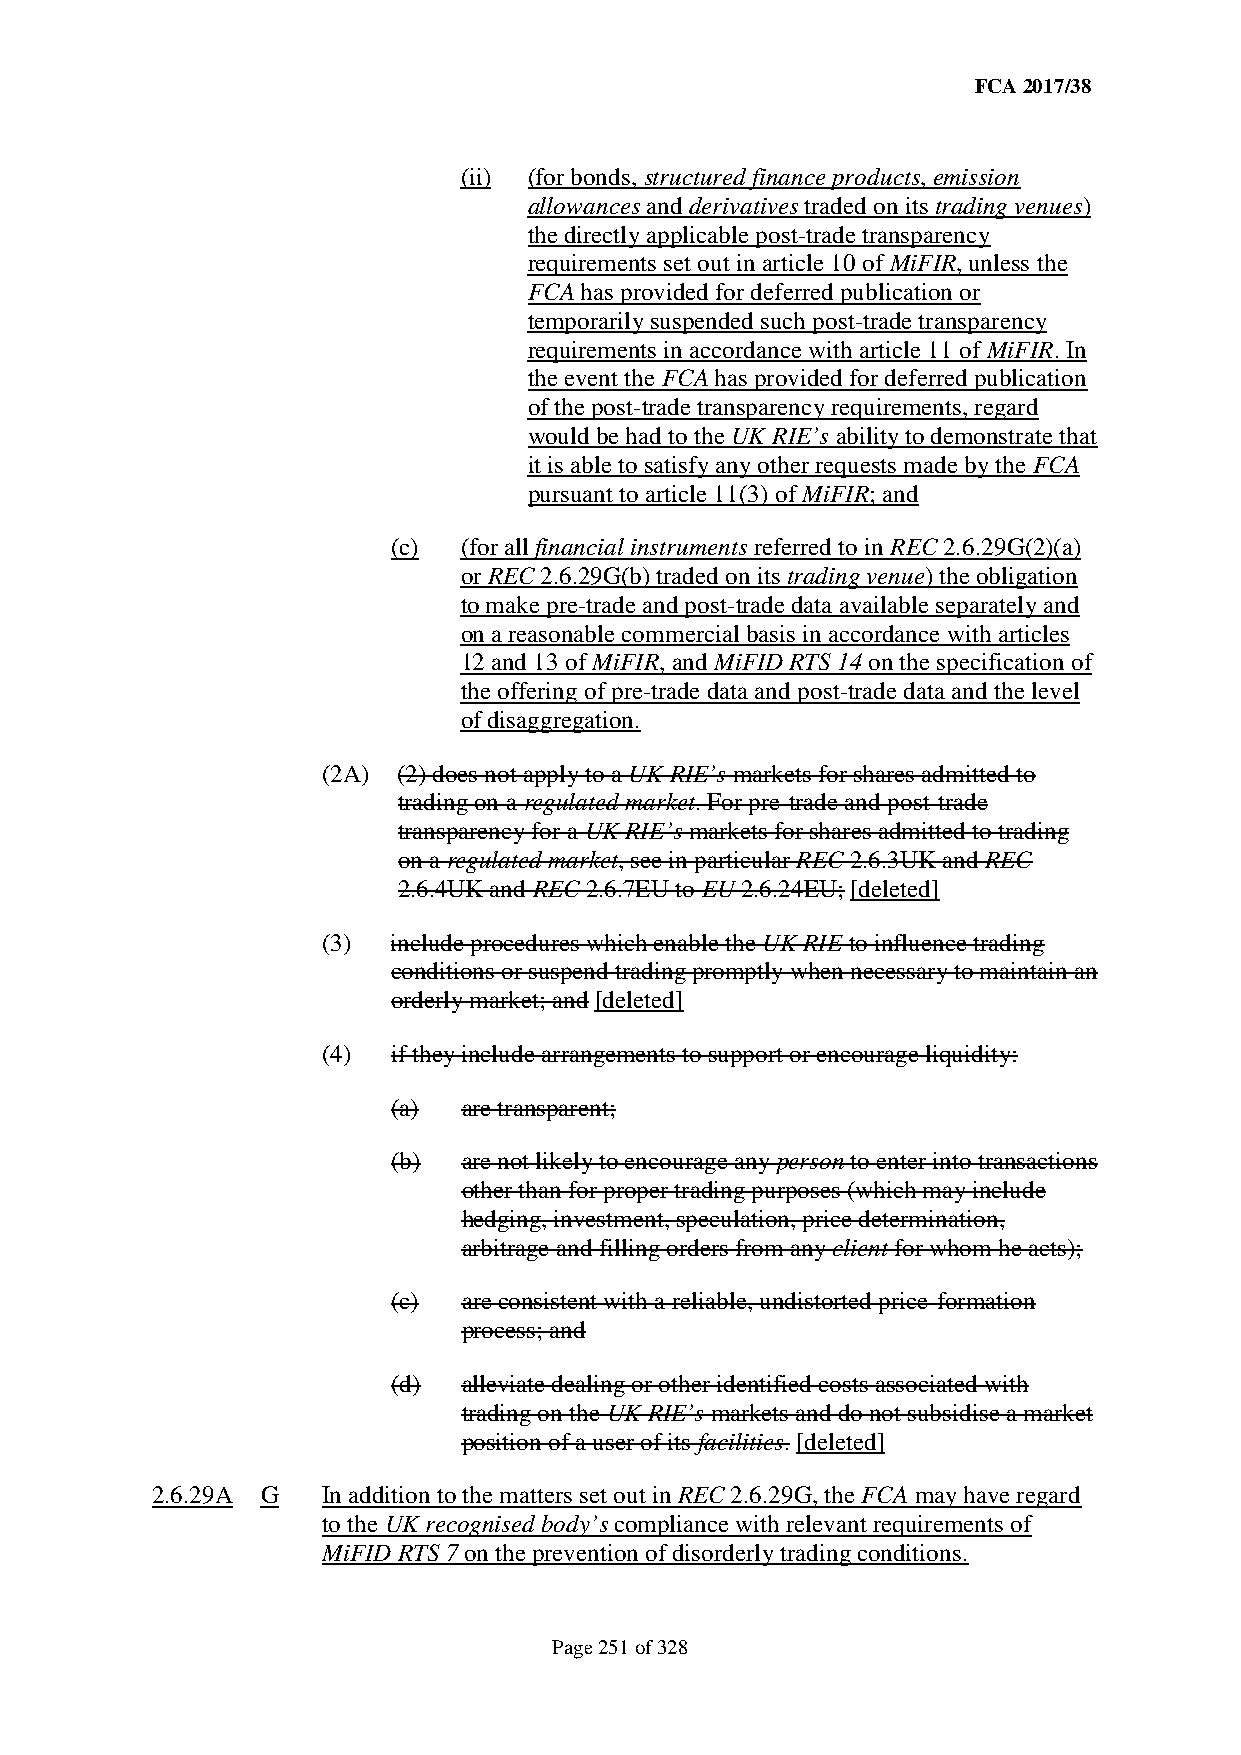
FCA 2017/38
 (ii) (for bonds, structured finance products, emission
 allowances and derivatives traded on its trading venues)
 the directly applicable post-trade transparency
 requirements set out in article 10 of MiFIR, unless the
 FCA has provided for deferred publication or
 temporarily suspended such post-trade transparency
 requirements in accordance with article 11 of MiFIR. In
 the event the FCA has provided for deferred publication
 of the post-trade transparency requirements, regard
 would be had to the UK RIE’s ability to demonstrate that
 it is able to satisfy any other requests made by the FCA
 pursuant to article 11(3) of MiFIR; and
 (c) (for all financial instruments referred to in REC 2.6.29G(2)(a)
 or REC 2.6.29G(b) traded on its trading venue) the obligation
 to make pre-trade and post-trade data available separately and
 on a reasonable commercial basis in accordance with articles
 12 and 13 of MiFIR, and MiFID RTS 14 on the specification of
 the offering of pre-trade data and post-trade data and the level
 of disaggregation.
 (2A) (2) does not apply to a UK RIE’s markets for shares admitted to
 trading on a regulated market. For pre-trade and post-trade
 transparency for a UK RIE’s markets for shares admitted to trading
 on a regulated market, see in particular REC 2.6.3UK and REC
 2.6.4UK and REC 2.6.7EU to EU 2.6.24EU; [deleted]
 (3)  include procedures which enable the UK RIE to influence trading
 conditions or suspend trading promptly when necessary to maintain an
 orderly market; and [deleted]
 (4)  if they include arrangements to support or encourage liquidity:
 (a)  are transparent;
 (b)  are not likely to encourage any person to enter into transactions
 other than for proper trading purposes (which may include
 hedging, investment, speculation, price determination,
 arbitrage and filling orders from any client for whom he acts);
 (c)  are consistent with a reliable, undistorted price-formation
 process; and
 (d)  alleviate dealing or other identified costs associated with
 trading on the UK RIE’s markets and do not subsidise a market
 position of a user of its facilities. [deleted]
 2.6.29A G  In addition to the matters set out in REC 2.6.29G, the FCA may have regard
 to the UK recognised body’s compliance with relevant requirements of
 MiFID RTS 7 on the prevention of disorderly trading conditions.
 Page 251 of 328